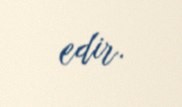
edir.